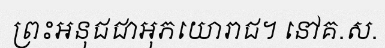
ព្រះអនុជជាអុភយោរាជ។ នៅគ.ស.